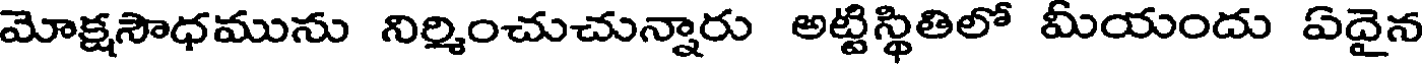
మోక్షసౌధమును నిర్మించుచున్నారు అట్టిస్థితిలో మీయందు ఏదైన